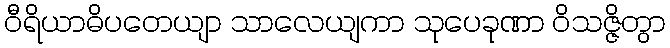
ဝီရိယာဓိပတေယျာ သာလေယျကာ သုပေခုဏာ ဝိသဇ္ဇိတွာ